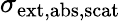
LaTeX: \sigma_{\mathrm{ext,abs,scat}}